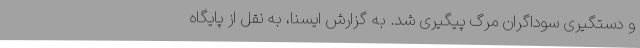
و دستگیری سوداگران مرگ پیگیری شد. به گزارش ایسنا، به نقل از پایگاه